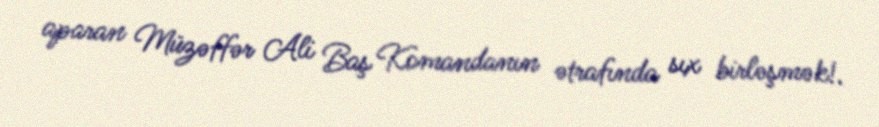
aparan Müzəffər Ali Baş Komandanın ətrafında sıx birləşmək!.